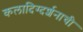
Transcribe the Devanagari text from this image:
कलादिग्दर्शनाची